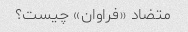
متضاد «فراوان» چیست؟